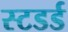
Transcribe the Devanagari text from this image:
स्टडर्ड